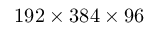
1 9 2 \times 3 8 4 \times 9 6